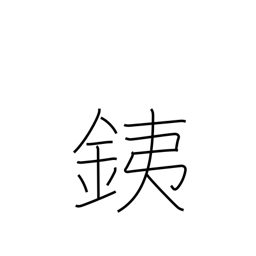
Meaning: iron